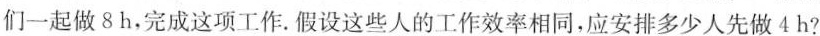
们一起做8h，完成这项工作. 假设这些人的工作效率相同，应安排多少人先做4h?